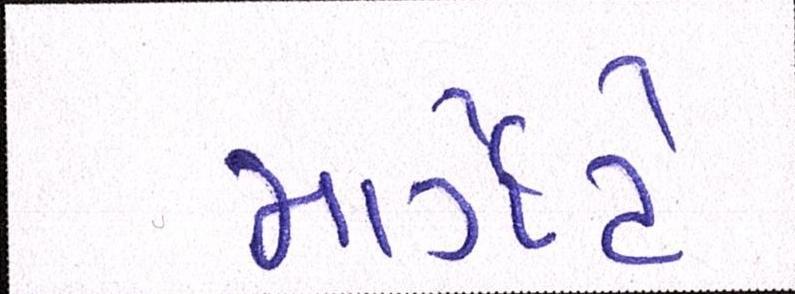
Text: માર્ગેટે